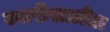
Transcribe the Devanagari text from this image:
ज्वारीखालील